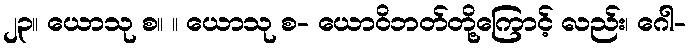
၂၃။ ယောသု စ။ ။ ယောသု စ- ယောဝိဘတ်တို့ကြောင့် လည်း၊ ဂေါ-